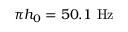
\pi h _ { 0 } = 5 0 . 1 ~ \mathrm { H z }